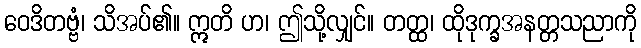
ဝေဒိတဗ္ဗံ၊ သိအပ်၏။ ဣတိ ဟ၊ ဤသို့လျှင်။ တတ္ထ၊ ထိုဒုက္ခအနတ္တသညာကို